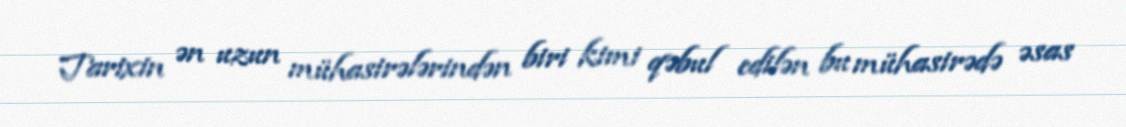
Tarixin ən uzun mühasirələrindən biri kimi qəbul edilən bu mühasirədə əsas